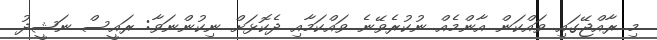
މި ރާއްޖޭގައި ވައްކަން އާންމެއް ނުކުރެވޭނެ ވައްކަމާއި ދެކޮޅަށް ނިކުންނަވާ: ރައީސް ނަޝީދު